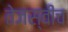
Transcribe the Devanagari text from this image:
तेजस्वीच